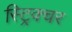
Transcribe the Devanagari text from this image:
स्ट्रिक्चर